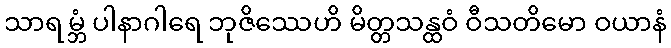
သာရမ္ဘံ ပါနာဂါရေ ဘုဇိဿေဟိ မိတ္တသန္ထဝံ ဝီသတိမော ဝယာနံ